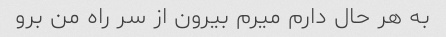
به هر حال دارم میرم بیرون از سر راه من برو